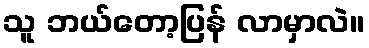
သူ ဘယ်တော့ပြန် လာမှာလဲ။